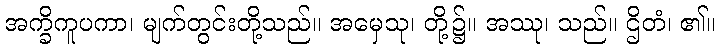
အက္ခိကူပကာ၊ မျက်တွင်းတို့သည်။ အမှေသု၊ တို့၌။ အဿု၊ သည်။ ဌိတံ၊ ၏။